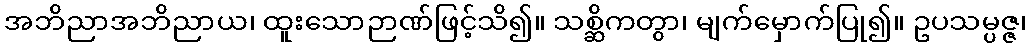
အဘိညာအဘိညာယ၊ ထူးသောဉာဏ်ဖြင့်သိ၍။ သစ္ဆိကတွာ၊ မျက်မှောက်ပြု၍။ ဥပသမ္ပဇ္ဇ၊